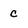
Character: c